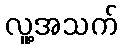
လူ့အသက်